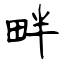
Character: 畔